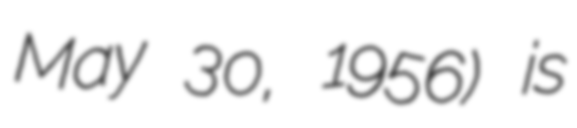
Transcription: May 30, 1956) is